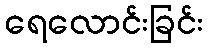
ရေလောင်းခြင်း